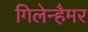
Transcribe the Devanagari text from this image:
गिलेन्हैमर